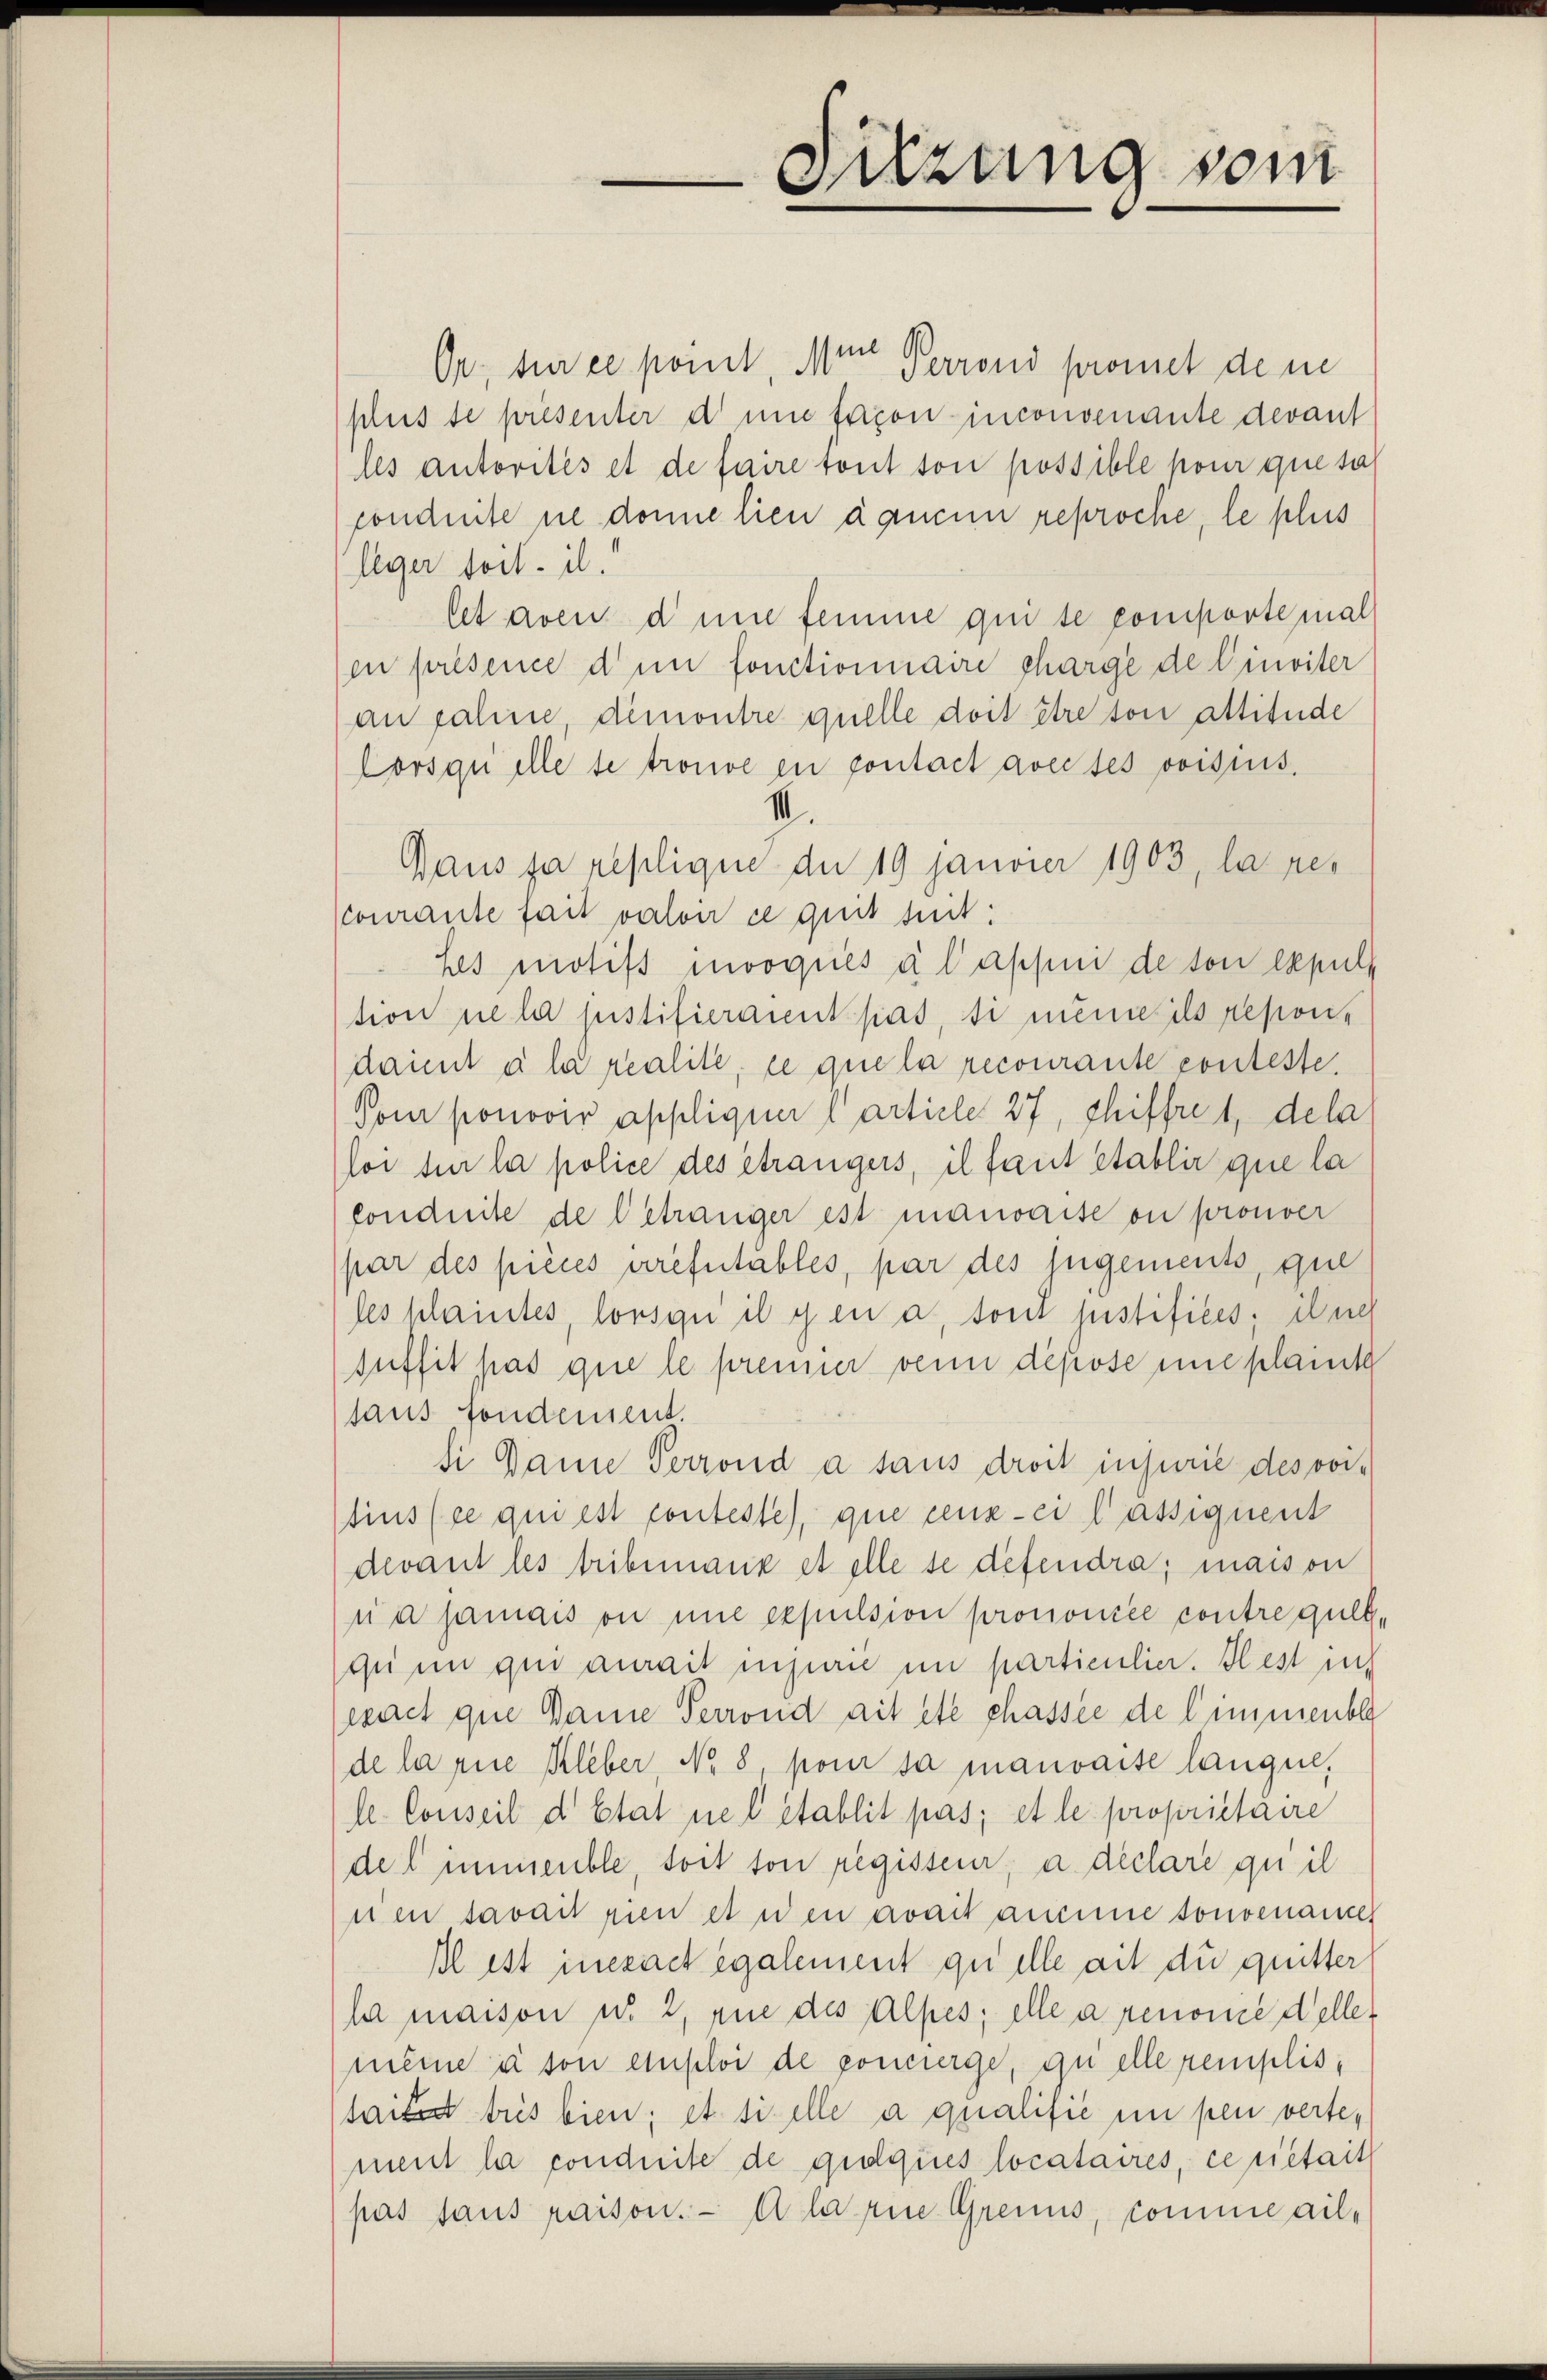
Sitzung sein

Or; sur ce point, Mine Perrond promet dem
plus se présenter d une facon inconvenante devant
les autorités et de faire tout son possible pour que tal
conduite ne donne lieu aqucun reproche, le plus
leger toit. il.
let aven d une femme quite comporte mal
en présence d’un fonctionnaire charge de Cinviter
an Fahne, demontre quelle doit être son attitude
Lorsquelle se trouve en pontact avec ses voisius.
1
Daus sa replique de 19 janvier 1903, la res
Courante fait valon ce quit suit:
hes motifs mooqués à lapsni de son expuls
tion ne la justifieraient pas, si meine ils reponidaint à la realité, ce que la recourante conteste.
Vom ponovir appliquer Carticle 27, chiffret, dela
loi sur la police des étrangers, il faut etablir que la
Conduite de betranger ist maraise ou prouver
par des pièces errefetables, par des jugements, que
les klaintes, lorsqu’ il y en a, tout justifices; il neh
suffit pas que le prenner venne dépose une plainte
taus fondernent.
si Dame Perrond a taus droit injurie des voitius (ce qui est conteste), que ceux-ci l’assiquent
devant les tribemanz et elle se defendra; maison
sia jamais on nie expulsion prononcée contre gült
qu in qui aurait injurie in particulier. Il est in
exact que Dame Perrond ait été chassée de l’immenber
de la rice Kleber, No. 8, pour sa mauvaite langue,
l. Conseil d’Etat nel établit pas, et le propriétaire
del immeuble, soit son regisseur, a. declare quil
nen savait rien et wen avait ammine tonvenauer
Il est inexact egalement quelle ait du quitter
la maison u. 2, zue des Alpes; elle a renone deller
mêmne à son einploi de poncierge, quelle remplistaites tris bien; et si elle a qualifie in pen verte,
ment la conduite de quoques locataires, ceriétait
pas sans raison. — Alarie Greins, comme ail¬